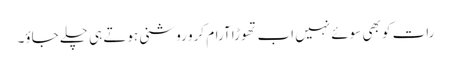
رات کو بھی سوئے نہیں اب تھوڑا آرام کرو روشنی ہوتے ہی چلے جاؤ۔